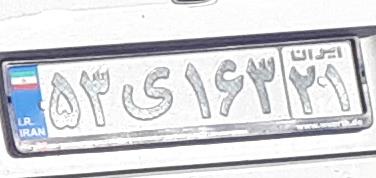
۵۳ی۱۶۳۲۱